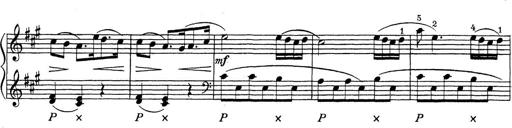
Title: ÄŒeskÃ© Sonatiny
Composer: Various